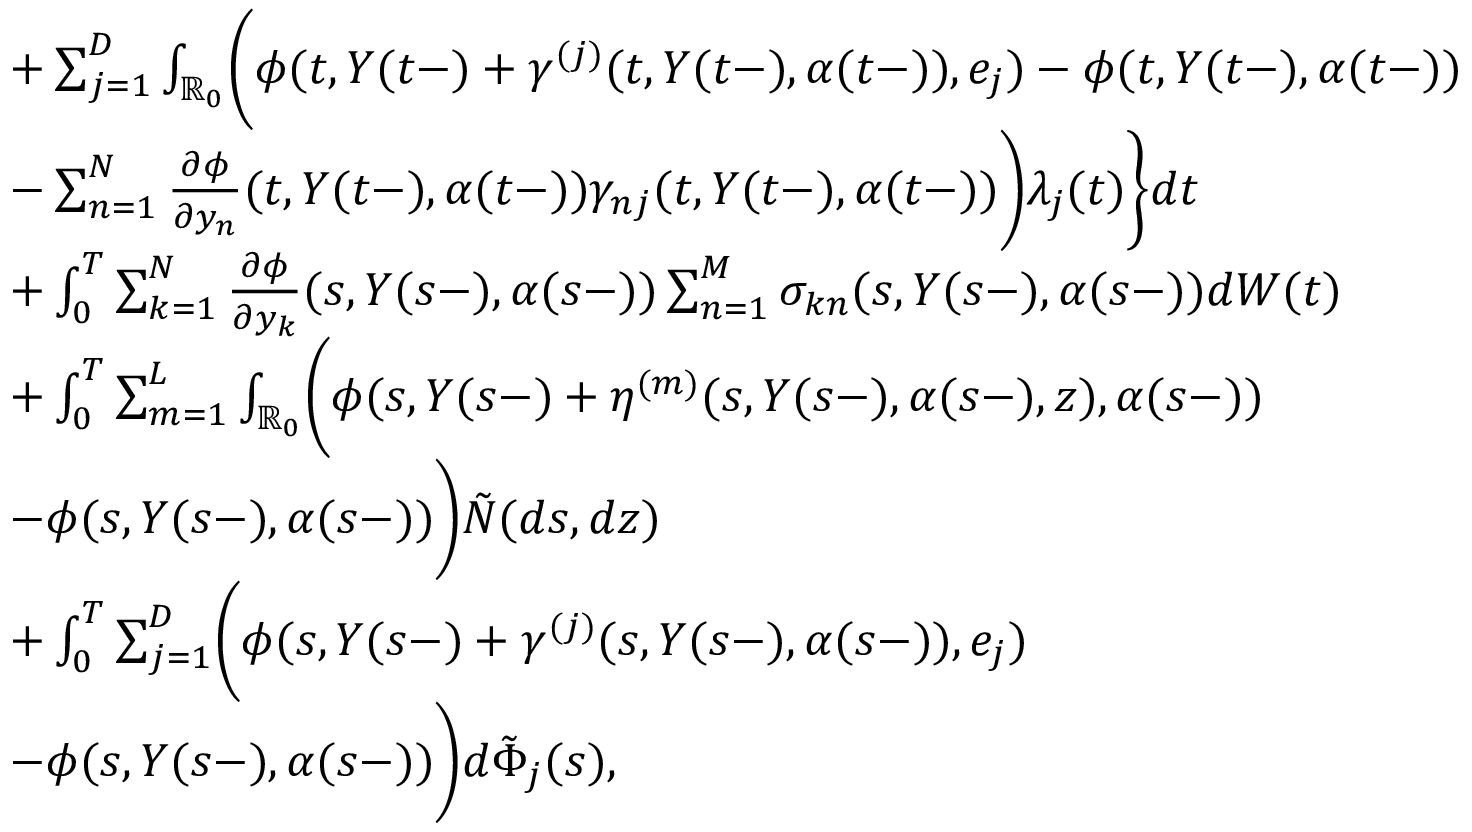
\begin{array} { r l } & { \quad + \sum _ { j = 1 } ^ { D } \int _ { \mathbb { R } _ { 0 } } \biggl ( \phi ( t , Y ( t - ) + \gamma ^ { ( j ) } ( t , Y ( t - ) , \alpha ( t - ) ) , e _ { j } ) - \phi ( t , Y ( t - ) , \alpha ( t - ) ) } \\ & { \quad - \sum _ { n = 1 } ^ { N } \frac { \partial { \phi } } { \partial { y _ { n } } } ( t , Y ( t - ) , \alpha ( t - ) ) \gamma _ { n j } ( t , Y ( t - ) , \alpha ( t - ) ) \biggr ) \lambda _ { j } ( t ) \biggr \} d t } \\ & { \quad + \int _ { 0 } ^ { T } \sum _ { k = 1 } ^ { N } \frac { \partial { \phi } } { \partial { y } _ { k } } ( s , Y ( s - ) , \alpha ( s - ) ) \sum _ { n = 1 } ^ { M } \sigma _ { k n } ( s , Y ( s - ) , \alpha ( s - ) ) d W ( t ) } \\ & { \quad + \int _ { 0 } ^ { T } \sum _ { m = 1 } ^ { L } \int _ { \mathbb { R } _ { 0 } } \biggl ( \phi ( s , Y ( s - ) + \eta ^ { ( m ) } ( s , Y ( s - ) , \alpha ( s - ) , z ) , \alpha ( s - ) ) } \\ & { \quad - \phi ( s , Y ( s - ) , \alpha ( s - ) ) \biggr ) \tilde { N } ( d s , d z ) } \\ & { \quad + \int _ { 0 } ^ { T } \sum _ { j = 1 } ^ { D } \biggl ( \phi ( s , Y ( s - ) + \gamma ^ { ( j ) } ( s , Y ( s - ) , \alpha ( s - ) ) , e _ { j } ) } \\ & { \quad - \phi ( s , Y ( s - ) , \alpha ( s - ) ) \biggr ) d \tilde { \Phi } _ { j } ( s ) , } \end{array}